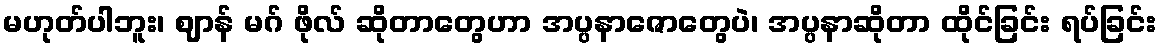
မဟုတ်ပါဘူး၊ ဈာန် မဂ် ဖိုလ် ဆိုတာတွေဟာ အပ္ပနာဇောတွေပဲ၊ အပ္ပနာဆိုတာ ထိုင်ခြင်း ရပ်ခြင်း